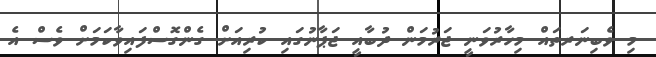
މި ވެބިނަރތައް މިހާރުވަނީ ޖަރުމަން ދުބާއީ ޖަޕާނުގައި ކުރިއަށް ގެންގޮސްފައިވާކަމަށް ވެސް އެ